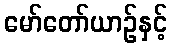
မော်တော်ယာဉ်နှင့်